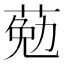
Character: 葂